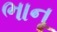
ભાનૂ